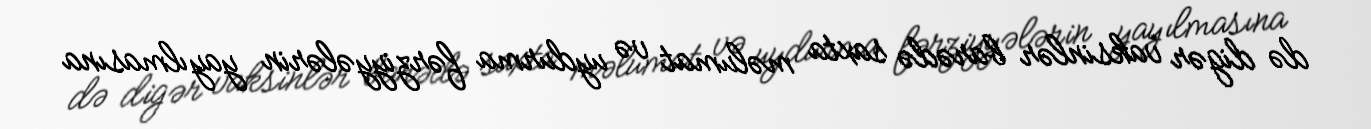
də digər vaksinlər barədə saxta məlumat və uydurma fərziyyələrin yayılmasına